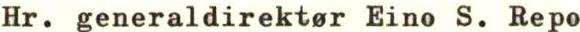
Hr. generaldirektor Eino S. Repo